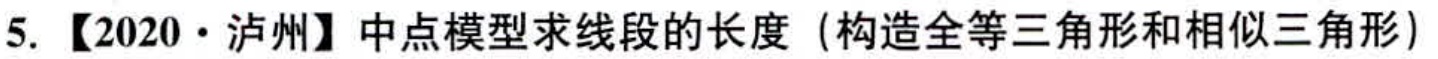
5.【2020·泸州】中点模型求线段的长度（构造全等三角形和相似三角形）